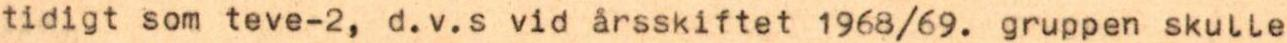
tidigt som teve-2, d.v.s vid årsskiftet 1968/69. gruppen skulle